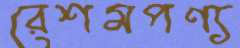
রেশমপণ্য